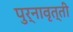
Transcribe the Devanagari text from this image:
पुर्नावृत्ती